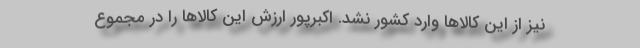
نیز از این کالاها وارد کشور نشد. اکبرپور ارزش این کالاها را در مجموع